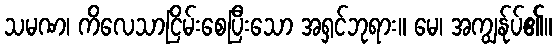
သမဏ၊ ကိလေသာငြိမ်းစေပြီးသော အရှင်ဘုရား။ မေ၊ အကျွန်ုပ်၏။